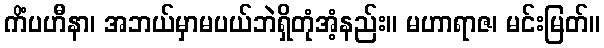
ကိံပဟီနာ၊ အဘယ်မှာမပယ်ဘဲရှိတုံအံ့နည်း။ မဟာရာဇ၊ မင်းမြတ်။